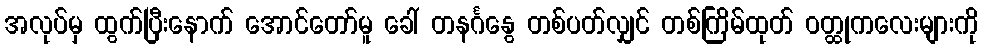
အလုပ်မှ ထွက်ပြီးနောက် အောင်တော်မူ ခေါ် တနင်္ဂနွေ တစ်ပတ်လျှင် တစ်ကြိမ်ထုတ် ဝတ္ထုကလေးများကို